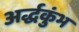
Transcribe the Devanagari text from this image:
अर्द्धकुंभ